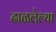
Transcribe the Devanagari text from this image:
ढाळलेल्या